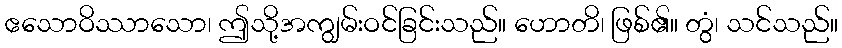
ဧသောဝိဿာသော၊ ဤသို့အကျွမ်းဝင်ခြင်းသည်။ ဟောတိ၊ ဖြစ်၏။ တွံ၊ သင်သည်။